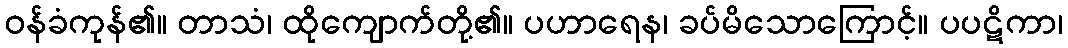
ဝန်ခံကုန်၏။ တာသံ၊ ထိုကျောက်တို့၏။ ပဟာရေန၊ ခပ်မိသောကြောင့်။ ပပဋိကာ၊